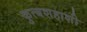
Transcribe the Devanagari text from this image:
कुत्बशहाशी